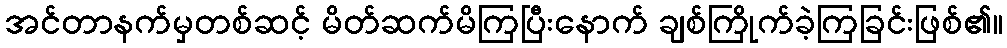
အင်တာနက်မှတစ်ဆင့် မိတ်ဆက်မိကြပြီးနောက် ချစ်ကြိုက်ခဲ့ကြခြင်းဖြစ်၏။